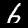
Digit: 6